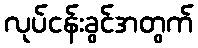
လုပ်ငန်းခွင်အတွက်